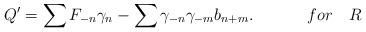
LaTeX: \begin{align*}Q'=\sum F_{-n}\gamma_{n} -\sum\gamma_{-n}\gamma_{-m}b_{n+m}.~~~~~~~~~~ for~~~ R\end{align*}